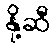
နို့ဆီ